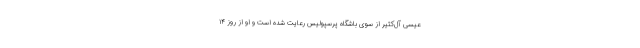
عیسی آل‌کثیر از سوی باشگاه پرسپولیس رعایت شده است و او از روز ۱۴